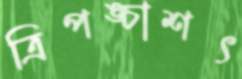
ত্রিপঙ্চাশৎ